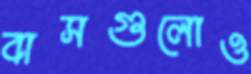
বাসগুলোও